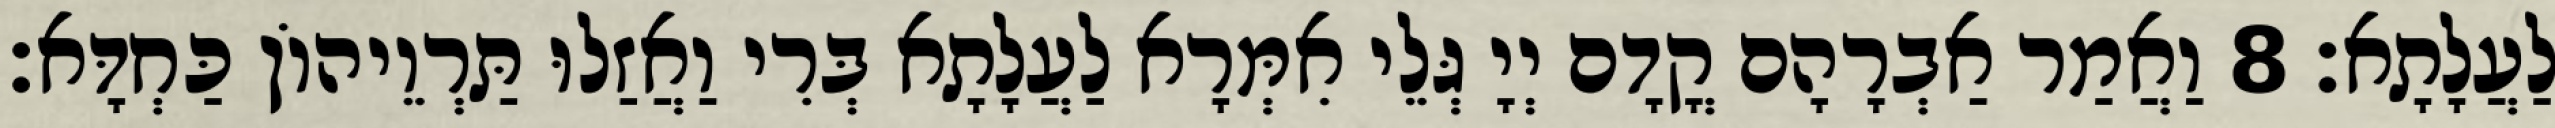
לַעֲלָתָא׃ 8 וַאֲמַר אַבְרָהָם קֳדָם יְיָ גְּלֵי אִמְּרָא לַעֲלָתָא בְּרִי וַאֲזַלוּ תַּרְוֵיהוֹן כַּחְדָּא׃